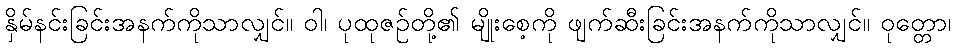
နှိမ်နင်းခြင်းအနက်ကိုသာလျှင်။ ဝါ၊ ပုထုဇဉ်တို့၏ မျိုးစေ့ကို ဖျက်ဆီးခြင်းအနက်ကိုသာလျှင်။ ဝုတ္တော၊